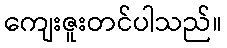
ကျေးဇူးတင်ပါသည်။